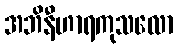
အဘိနီဟာရကုသလော